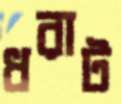
ধরাট